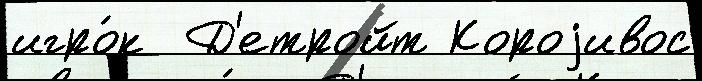
игро́к  Д'етройт Короjивос